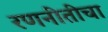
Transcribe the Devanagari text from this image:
रणनीतीचा